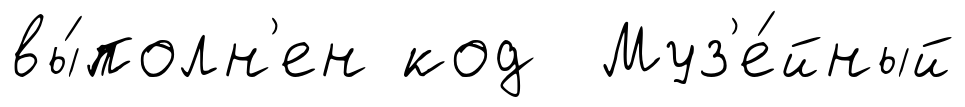
вы́полн'ен код Муз'е́йный